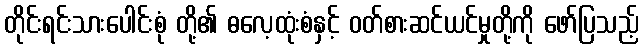
တိုင်းရင်းသားပေါင်းစုံ တို့၏ ဓလေ့ထုံးစံနှင့် ဝတ်စားဆင်ယင်မှုတို့ကို ဖော်ပြသည့်